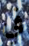
في